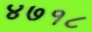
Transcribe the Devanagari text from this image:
४७१८